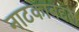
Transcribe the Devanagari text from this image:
नाटकाबद्दल